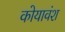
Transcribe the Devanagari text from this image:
कोयावंश